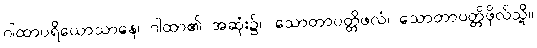
ဂါထာပရိယောသာနေ၊ ဂါထာ၏ အဆုံး၌။ သောတာပတ္တိဖလံ၊ သောတာပတ္တိဖိုလ်သို့။